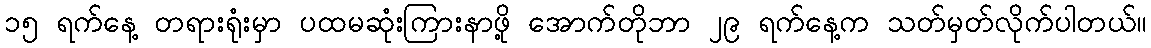
၁၅ ရက်နေ့ တရားရုံးမှာ ပထမဆုံးကြားနာဖို့ အောက်တိုဘာ ၂၉ ရက်နေ့က သတ်မှတ်လိုက်ပါတယ်။